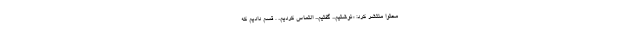
محتوا منتشر کرد: «نوشتیم... گفتیم... التماس کردیم.. . قسم دادیم که